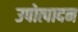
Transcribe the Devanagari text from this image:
उपोत्पादन